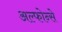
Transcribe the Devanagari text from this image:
अल्फोन्से